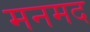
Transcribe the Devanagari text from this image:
मनमद